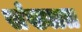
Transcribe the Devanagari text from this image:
संख्यात